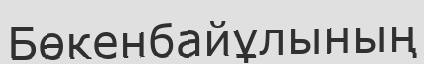
Бөкенбайұлының